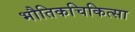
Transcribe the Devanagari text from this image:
भौतिकचिकित्सा